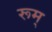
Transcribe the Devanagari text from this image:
रूम्